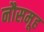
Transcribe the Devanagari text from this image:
नौसमूह